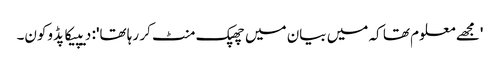
'مجھے معلوم تھا کہ میں بیان میں چھپک منٹ کر رہا تھا': دیپیکا پڈوکون۔